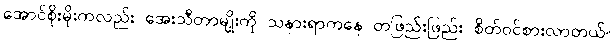
အောင်စိုးမိုးကလည်း အေးသီတာမျိုးကို သနားရာကနေ တဖြည်းဖြည်း စိတ်ဝင်စားလာတယ်။